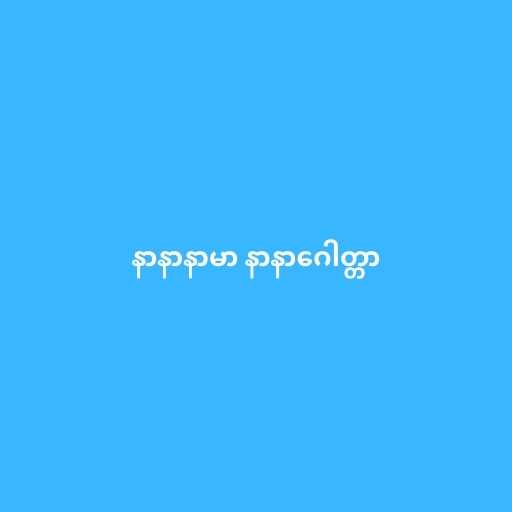
နာနာနာမာ နာနာဂေါတ္တာ